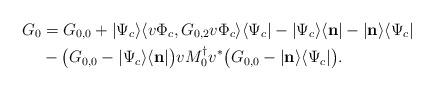
LaTeX: \begin{align*}G_0&=G_{0,0}+|\Psi_c\rangle\langle v\Phi_c, G_{0,2}v\Phi_c\rangle\langle \Psi_c|-|\Psi_c\rangle\langle\mathbf n|-|\mathbf n\rangle\langle\Psi_c|\\&-\bigl(G_{0,0}-|\Psi_c\rangle\langle\mathbf n|\bigr)vM_0^\dagger v^*\bigl(G_{0,0}-|\mathbf n\rangle\langle \Psi_c|\bigr).\end{align*}